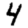
Digit: 4